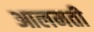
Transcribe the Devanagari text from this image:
आलमती